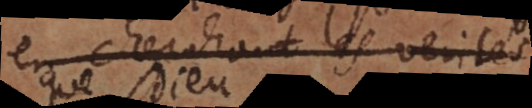
en cherchant les verités